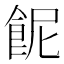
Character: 𩚯